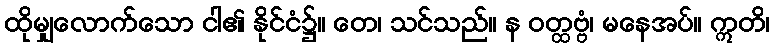
ထိုမျှလောက်သော ငါ၏ နိုင်ငံ၌။ တေ၊ သင်သည်။ န ဝတ္ထဗ္ဗံ၊ မနေအပ်။ ဣတိ၊